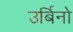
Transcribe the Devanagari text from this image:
उर्बिनो